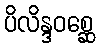
ပိလိန္ဒဝစ္ဆေ